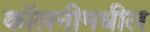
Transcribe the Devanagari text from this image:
कॉलनीमधील